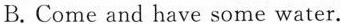
B.Come and have some water.